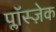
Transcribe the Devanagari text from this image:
प्लाॅस्ज़ेक